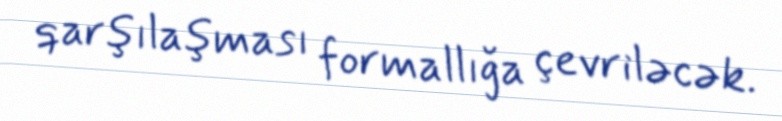
qarşılaşması formallığa çevriləcək.